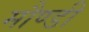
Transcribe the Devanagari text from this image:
मौण्डी